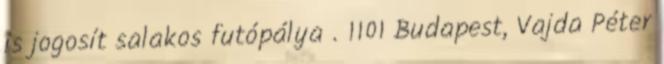
is jogosít salakos futópálya . 1101 Budapest, Vajda Péter